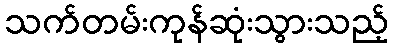
သက်တမ်းကုန်ဆုံးသွားသည့်